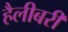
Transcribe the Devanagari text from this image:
हैलीबरी